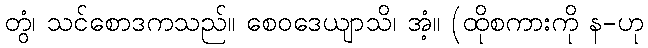
တွံ၊ သင်စောဒကသည်။ စေဝဒေယျာသိ၊ အံ့။ (ထိုစကားကို န-ဟု